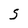
Character: S